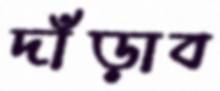
দাঁড়াব